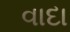
વાદા